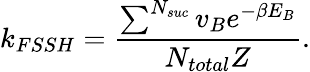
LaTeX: k_{FSSH}=\frac{\sum^{N_{suc}}v_{B}e^{-\beta E_{B}}}{N_{total}Z}.